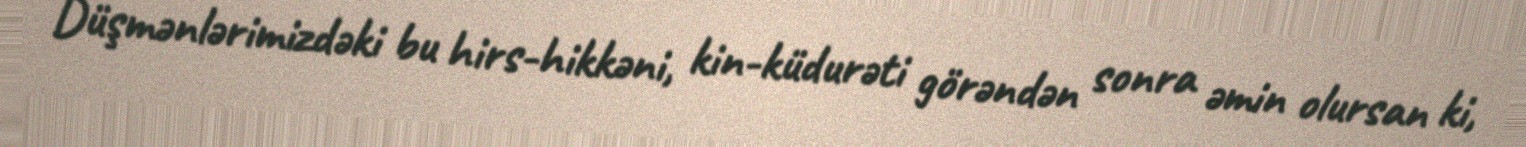
Düşmənlərimizdəki bu hirs-hikkəni, kin-küdurəti görəndən sonra əmin olursan ki,